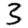
Digit: 3